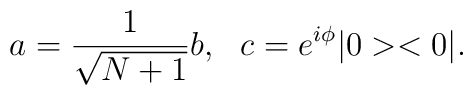
a=\frac{1}{\sqrt{N+1}}b, ~~ c=e^{i\phi}|0><0|.